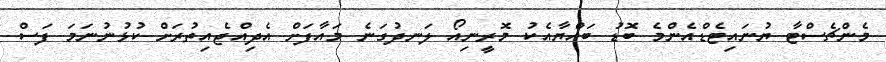
މެންޗެސްޓާ ޔުނައިޓެޑްއެންމެ ބޮޑު ބައްޔާއެކު މޮރީނިއޯ ލަނދުގަނެ މައާފަށް އެދިއްޖެއިތުރަށް ކުޅުނުނަމަ ފަސް